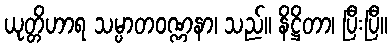
ယုတ္တိဟာရ သမ္ပာတဝဏ္ဏနာ၊ သည်။ နိဋ္ဌိတာ၊ ပြီးပြီ။